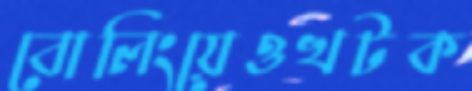
বোলিংয়েওখটক